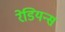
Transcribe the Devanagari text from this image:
रेडियन्स